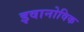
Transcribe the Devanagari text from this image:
इवानोविक